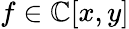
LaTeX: f\in\mathbb{C}[x,y]